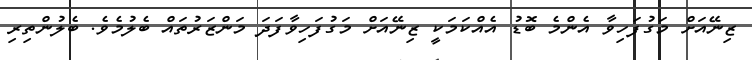
ޒިނޭއަށް މަގުފަހިވާ އެންމެ ބޮޑު އެއްކަމަކީ ޒިނޭއަށް މަގުފަހިވާފަދަ މަންޒަރުތައް ބެލުމެވެ. ބެލުންތިރި